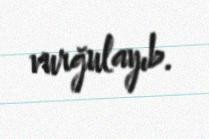
vurğulayıb.